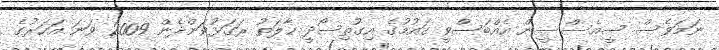
ނަމަވެސް ސީއެސްސީން އެއްބަސްވީ ގައުމުގެ އިގުތިސޯދީ ހާލަތު ރަގަޅުވަންދެން 2009 ވަނަ އަހަރުގެ